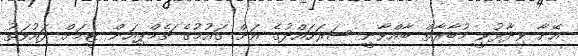
އޭނާ ވިދާޅުވީ މުބާރާތް ބާއްވާނީ ސަރަހައްދުގެ އަށް ގައުމުގެ ޗެމްޕިއަން ޓީމަށް ދައުވަތު